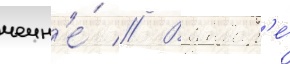
чечн'е́ // В январ'е́